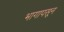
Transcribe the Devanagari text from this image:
भागापसून